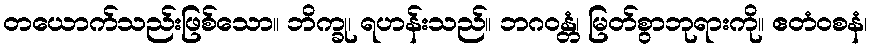
တယောက်သည်းဖြစ်သော။ ဘိက္ခု၊ ရဟန်းသည်။ ဘဂဝန္တံ၊ မြတ်စွာဘုရားကို။ ဧတံဝစနံ၊